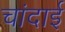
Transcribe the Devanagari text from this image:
चांदाई